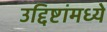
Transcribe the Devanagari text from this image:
उद्दिष्टांमध्ये